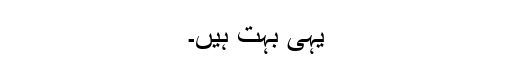
یہی بہت ہیں۔